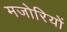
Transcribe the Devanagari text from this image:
मजोरियों